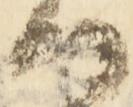
つ